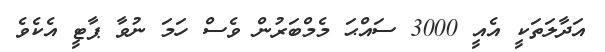
އަދާލަތަކީ އެއީ 3000 ސައްޙަ މެމްބަރުން ވެސް ހަމަ ނުވާ ޕާޓީ އެކެވެ